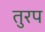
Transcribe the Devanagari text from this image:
तुरप